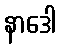
နာဒေါ